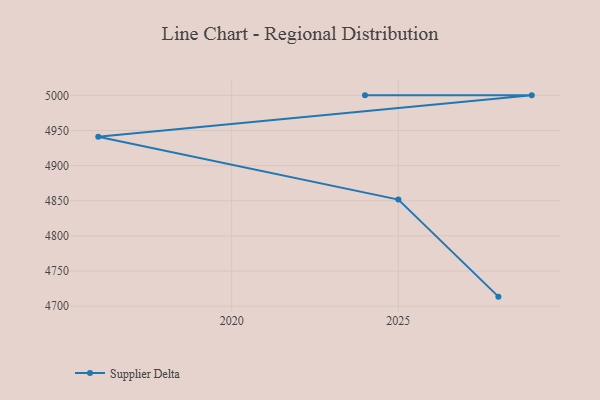
{"axis": {"x": "Year", "y": "Humidity (%)"}, "legend": ["Supplier Delta"], "data": [{"x": "2028", "y": 4713.5, "type": "Supplier Delta"}, {"x": "2025", "y": 4851.7, "type": "Supplier Delta"}, {"x": "2016", "y": 4941.0, "type": "Supplier Delta"}, {"x": "2029", "y": 5000, "type": "Supplier Delta"}, {"x": "2024", "y": 5000, "type": "Supplier Delta"}]}